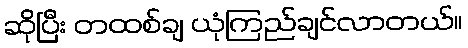
ဆိုပြီး တထစ်ချ ယုံကြည်ချင်လာတယ်။